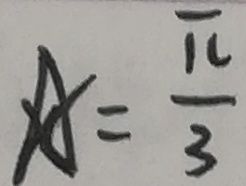
x = \frac { \pi } { 3 }